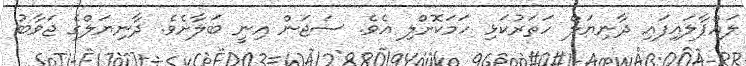
ލައްޕާލައިފައި ދާނިޔަލް ހަތަރުކަޅި ހަމަކޮށްލި އެވެ. ސަޖަން އިނީ ބަލާށެވެ. ދާނިޔަލްގެ ޖަވާބު